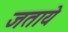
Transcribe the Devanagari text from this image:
जताये